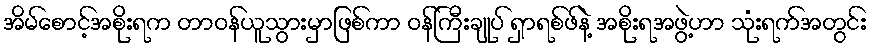
အိမ်စောင့်အစိုးရက တာဝန်ယူသွားမှာဖြစ်ကာ ဝန်ကြီးချုပ် ရှာရစ်ဖ်နဲ့ အစိုးရအဖွဲ့ဟာ သုံးရက်အတွင်း